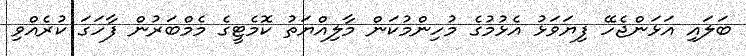
ބަލައި އަޅަންޖެހޭ ފިޔަވަޅު އެޅުމުގެ މުހިންމުކަން މާލިއްޔަތު ކޮމެޓީގެ މެމްބަރުން ފާހަގަ ކުރެއްވި